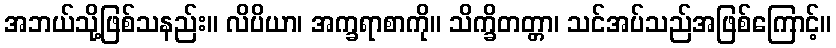
အဘယ်သို့ဖြစ်သနည်း။ လိပိယာ၊ အက္ခရာစာကို။ သိက္ခိတတ္တာ၊ သင်အပ်သည်အဖြစ်ကြောင့်။